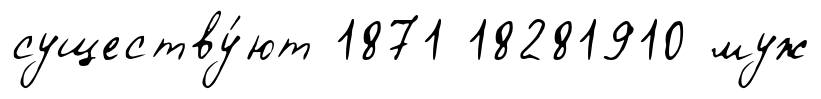
существу́ют 1871 18281910 муж